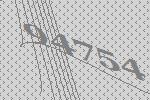
94754